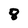
Character: 8